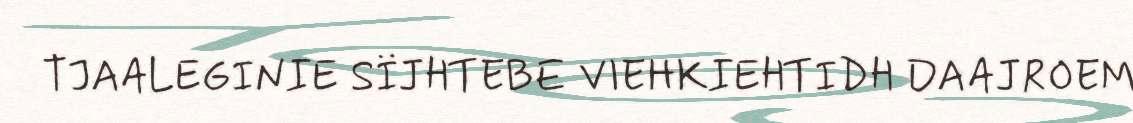
TJAALEGINIE SÏJHTEBE VIEHKIEHTIDH DAAJROEM